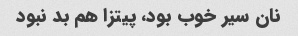
نان سیر خوب بود، پیتزا هم بد نبود